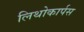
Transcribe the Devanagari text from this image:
लिथोकार्पस